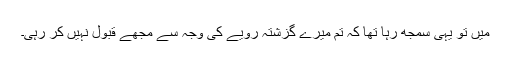
میں تو یہی سمجھ رہا تھا کہ تم میرے گزشتہ رویے کی وجہ سے مجھے قبول نہیں کر رہی۔